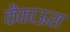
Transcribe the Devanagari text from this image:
कैकाऊस